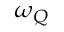
\omega _ { Q }